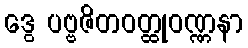
ဒွေ ပဗ္ဗဇိတဝတ္ထုဝဏ္ဏနာ